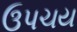
ઉપચય